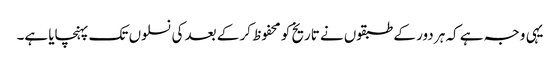
یہی وجہ ہے کہ ہر دور کے طبقوں نے تاریخ کو محفوظ کر کے بعد کی نسلوں تک پہنچایا ہے۔